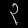
Digit: ၃